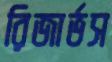
রিজার্ভস